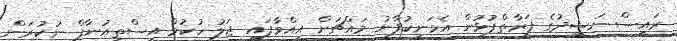
ރައީސް ނަޝީދުގެ ފަރާތްޕުޅުން އެމަނިކުފާނު މައްޗަށް އިއްވާފައި ޖަލު ހުކުމް އިސްތިއުނާފް ނުކުރަން